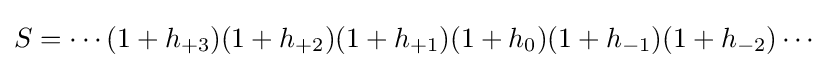
S=\cdots (1+h_{+3})(1+h_{+2})(1+h_{+1})(1+h_{0})(1+h_{-1})(1+h_{-2})\cdots